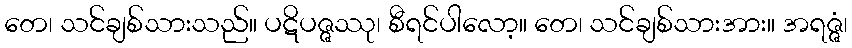
တေ၊ သင်ချစ်သားသည်။ ပဋိပဇ္ဇဿု၊ စီရင်ပါလော့။ တေ၊ သင်ချစ်သားအား။ အရဇ္ဇံ၊